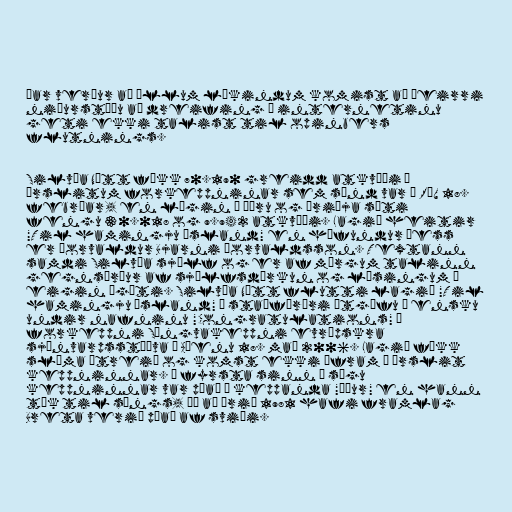
Þar verður að öllum líkindum komist að þeirri
niðurstöðu að dreifing á internetinu
geti ekki talist til opinbers
flutnings.

Silvía Nótt fékk 70.190 greidd atkvæði í
úrslitum forkeppninar sem sýnd var á RÚV 18.
febrúar, en lögin í öðru og þriðja sæti
fengu 30.018 og 9.942 atkvæði. Lagið heitir
"Til hamingju Ísland" en höfundur þess
er Þorvaldur Bjarni Þorvaldsson. Textann
samdi Silvía sjálf og er af mörgum talinn
gegnsýrður af sjálfsdýrkun og lýsingum á
eigin ágæti. Silvía Nótt flutti lagið "Til
hamingju Ísland" í staðfærðri útgáfu á ensku
undir nafninu "Congratulations" í
forkeppni Söngvakeppni evrópskra
sjónvarpsstöðva í Aþenu 18. maí 2006. Lagið fékk
slæma útreið og komst ekki áfram í úrslit
keppninnar. Í fyrsta sinn í sögu
keppninnar var púað á keppanda "áður" en hann
tók til söngs, þó að árið 1981 hafi framlag
Breta verið púað af sviði.